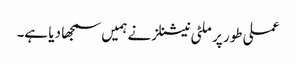
عملی طور پر ملٹی نیشنلز نے ہمیں سمجھا دیا ہے۔